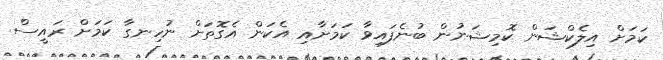
ކަމަށް އިލެކްޝަން ކޮމިޝަނުން ބުނެފައިވާ ކަމަށާއި އެކަން އެގޮތަށް ނުހިނގާ ކަމަށް ރައީސް